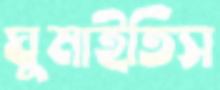
ঘুমাইতিস